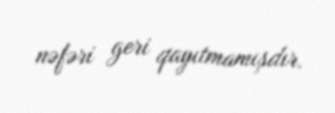
nəfəri geri qayıtmamışdır.